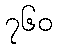
၇၆၀